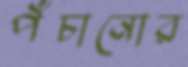
পঁচানোর